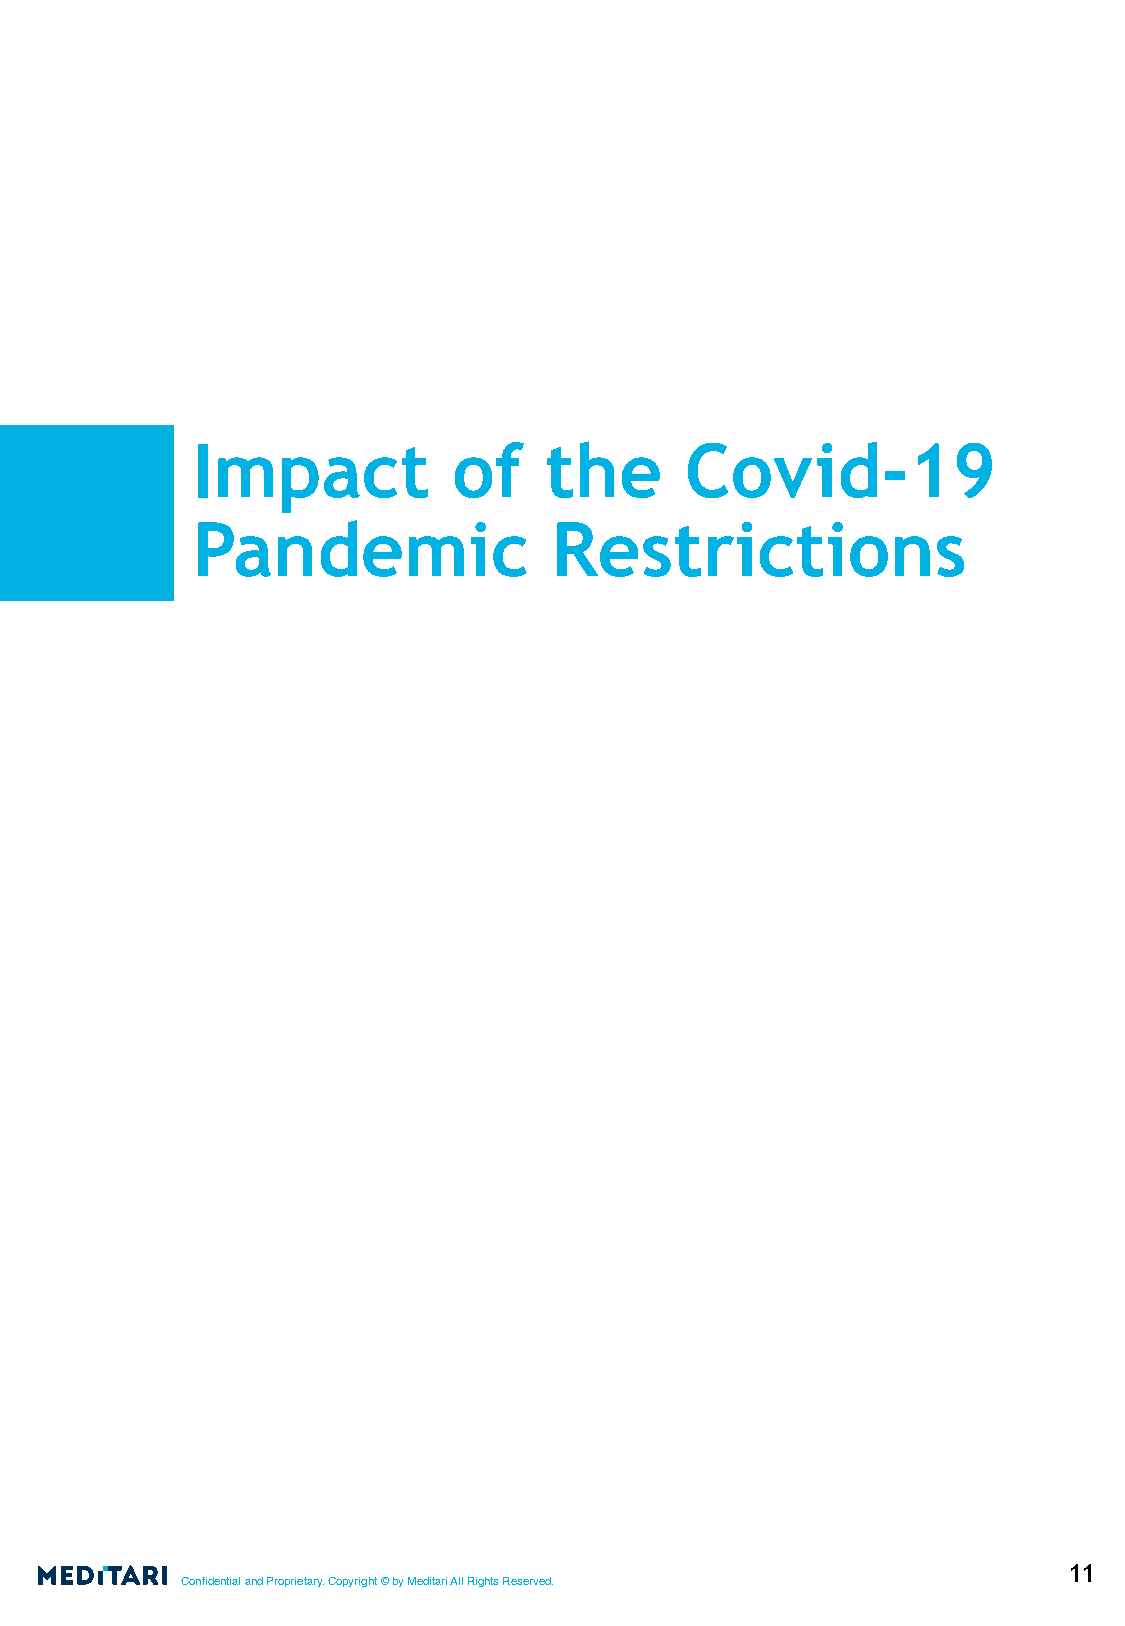
Impact           of    the      Covid-19
 Pandemic                Restrictions
 11
 Confidential and Proprietary. Copyright © by Meditari All Rights Reserved.